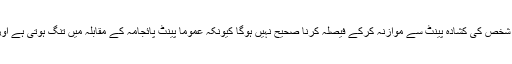
کسی معین شخص کے تنگ پائجامہ کا کسی معین شخص کی کشادہ پینٹ سے موازنہ کرکے فیصلہ کرنا صحیح نہیں ہوگا کیونکہ عموماً پینٹ پائجامہ کے مقابلہ میں تنگ ہوتی ہے اور جسم کی ساخت کے حساب سے بنائی جاتی ہے۔